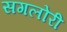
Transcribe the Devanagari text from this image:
सगलोरी